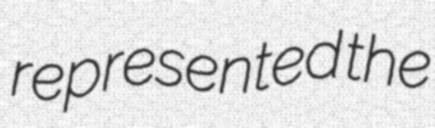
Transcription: represented the